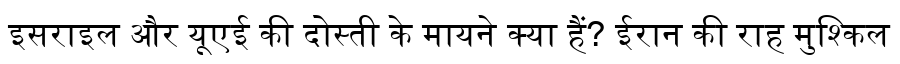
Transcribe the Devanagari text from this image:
इसराइल और यूएई की दोस्ती के मायने क्या हैं? ईरान की राह मुश्किल